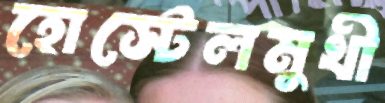
হোস্টেলমুখী